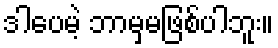
ဒါပေမဲ့ ဘာမှမဖြစ်ပါဘူး။